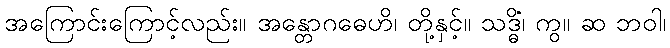
အကြောင်းကြောင့်လည်း။ အန္တောဂဓေဟိ၊ တို့နှင့်။ သဒ္ဓိံ၊ ကွ။ ဆ ဘဝါ၊